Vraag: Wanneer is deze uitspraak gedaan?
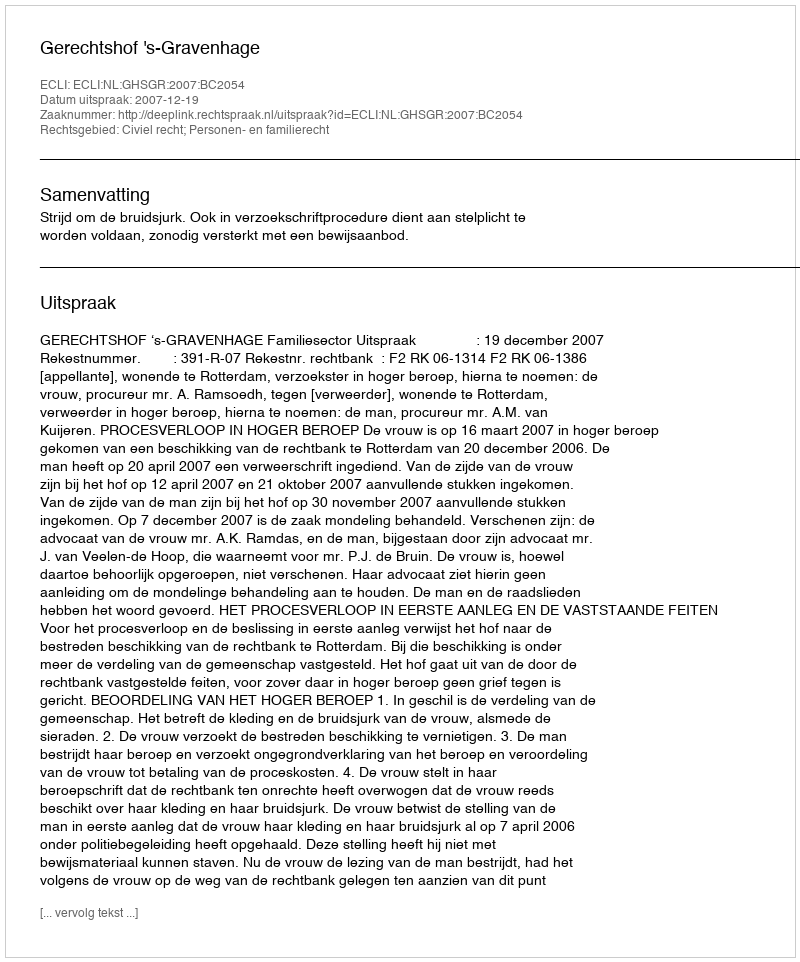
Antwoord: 2007-12-19